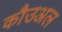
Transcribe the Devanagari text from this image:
कौउअल